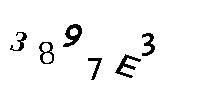
3897E3